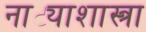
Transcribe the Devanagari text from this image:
नाट्याशास्त्रा